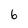
Character: 6